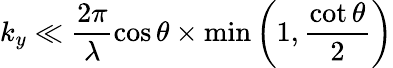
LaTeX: k_{y}\ll\frac{2\pi}{\lambda}\cos\theta\times\textrm{min}\left(1,\frac{\cot\theta}{2}\right)